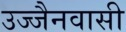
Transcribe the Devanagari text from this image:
उज्जैनवासी